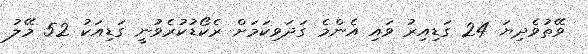
ވޭތުވެދިޔަ 24 ގަޑިއިރު ވައި އެންމެ ގަދަވިކަމަށް ރެކޯޑުކުރެވުނީ ގަޑިއަކު 52 މޭލު